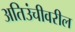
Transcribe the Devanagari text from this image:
अतिउंचीवरील